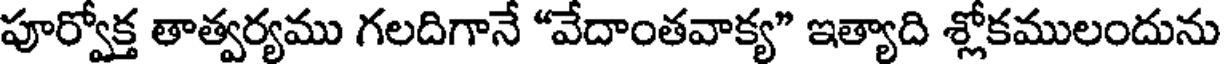
పూర్వోక్త తాత్వర్యము గలదిగానే "వేదాంతవాక్య" ఇత్యాది శ్లోకములందును